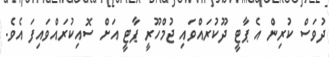
ދުވަސް ކުރިން އެ ޕާޓީ ދޫކުރައްވައި ޖުމްހޫރީ ޕާޓީ އަށް ސޮއިކުރައްވައިފަ އެވެ.